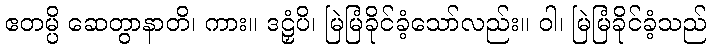
ဧတမ္ပိ ဆေတွာနာတိ၊ ကား။ ဒဠှံပိ၊ မြဲမြံခိုင်ခံ့သော်လည်း။ ဝါ၊ မြဲမြံခိုင်ခံ့သည်